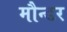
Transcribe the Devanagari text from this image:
मौन्डर